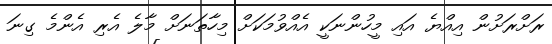
ރަށްރަށުން އިއްޔެ އައި މީހުންނަކީ އެއްވުމަކަށް މިހާތަނަށް މާލެ އެރި އެންމެ ގިނަ